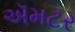
ઍમટર